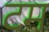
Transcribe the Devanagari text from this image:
टम